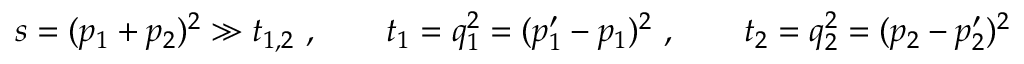
s = ( p _ { 1 } + p _ { 2 } ) ^ { 2 } \gg t _ { 1 , 2 } ~ , \qquad t _ { 1 } = q _ { 1 } ^ { 2 } = ( p _ { 1 } ^ { \prime } - p _ { 1 } ) ^ { 2 } ~ , \qquad t _ { 2 } = q _ { 2 } ^ { 2 } = ( p _ { 2 } - p _ { 2 } ^ { \prime } ) ^ { 2 }